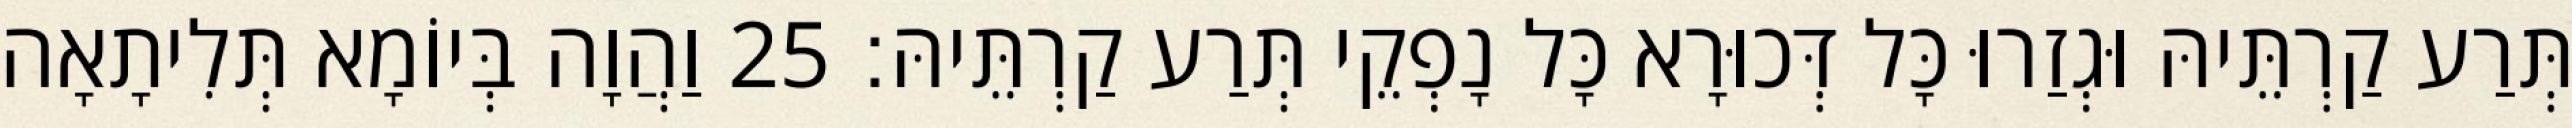
תְּרַע קַרְתֵּיהּ וּגְזַרוּ כָּל דְּכוּרָא כָּל נָפְקֵי תְּרַע קַרְתֵּיהּ׃ 25 וַהֲוָה בְּיוֹמָא תְּלִיתָאָה